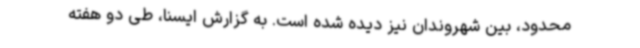
محدود، بین شهروندان نیز دیده شده است. به گزارش ایسنا، طی دو هفته